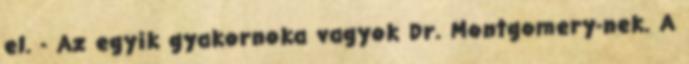
el. - Az egyik gyakornoka vagyok Dr. Montgomery-nek. A